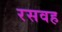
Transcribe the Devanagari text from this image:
रसवह